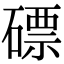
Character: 磦